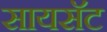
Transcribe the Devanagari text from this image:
सायसॅट